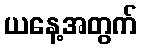
ယနေ့အတွက်